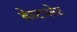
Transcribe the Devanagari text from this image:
बेस्टप्लेट